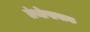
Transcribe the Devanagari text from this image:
ग्रंथोपासक